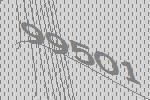
99501